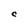
Character: C